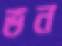
ভন